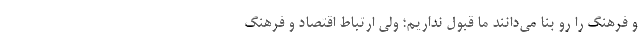
و فرهنگ را رو بنا می‌دانند ما قبول نداریم؛ ولی ارتباط اقتصاد و فرهنگ